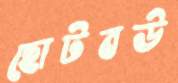
ছোটবউ